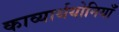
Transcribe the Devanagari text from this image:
काव्यार्थयोनियाँ